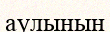
аулынын